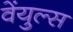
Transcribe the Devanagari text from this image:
वेंयुल्स